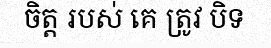
ចិត្ត របស់ គេ ត្រូវ បិទ